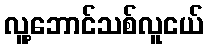
လူ့ဘောင်သစ်လူငယ်